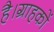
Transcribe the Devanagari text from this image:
है।ग्राहकों